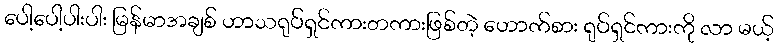
ပေါ့ပေါ့ပါးပါး မြန်မာအချစ် ဟာသရုပ်ရှင်ကားတကားဖြစ်တဲ့ ဟောက်စား ရုပ်ရှင်ကားကို လာ မယ့်